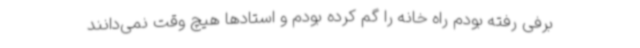
برفی رفته بودم راه خانه را گم کرده بودم و استادها هیچ وقت نمی‌دانند